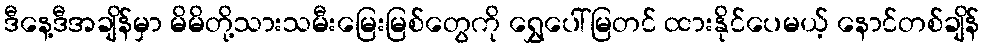
ဒီနေ့ဒီအချိန်မှာ မိမိတို့သားသမီးမြေးမြစ်တွေကို ရွှေပေါ်မြတင် ထားနိုင်ပေမယ့် နောင်တစ်ချိန်